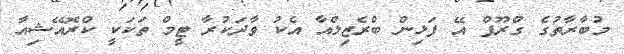
މުބާރާތުގެ ގްރޫޕް އޭ ފަޅިން ބްރެޒިލްއާ އެކު ވާދަކުރާ ޓީމް ތަކަކީ ކްރޮއޭޝިއާ